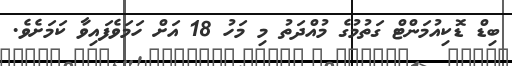
ބިޑް ޑޮކިއުމަންޓް ގަތުމުގެ މުއްދަތު މި މަހު 18 އަށް ހަމަވެފައިވާ ކަމަށެވެ.